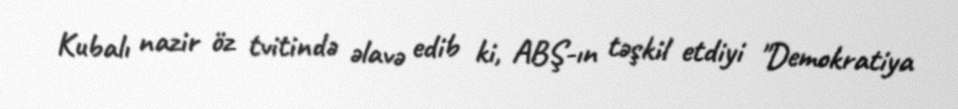
Kubalı nazir öz tvitində əlavə edib ki, ABŞ-ın təşkil etdiyi "Demokratiya